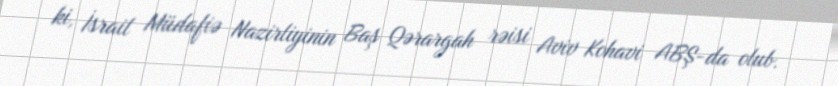
ki, İsrail Müdafiə Nazirliyinin Baş Qərargah rəisi Aviv Kohavi ABŞ-da olub.